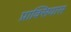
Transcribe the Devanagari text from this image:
प्राक्सियास